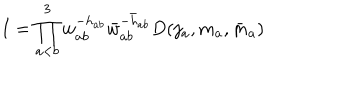
LaTeX: I = \prod _ { a < b } ^ { 3 } w _ { a b } ^ { - h _ { a b } } \bar { w } _ { a b } ^ { - \bar { h } _ { a b } } D ( j _ { a } , m _ { a } , \bar { m } _ { a } )